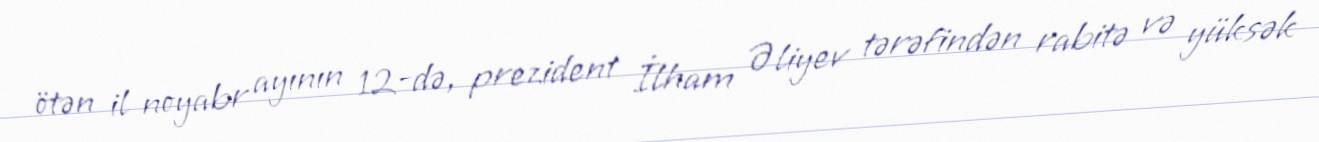
ötən il noyabr ayının 12-də, prezident İlham Əliyev tərəfindən rabitə və yüksək